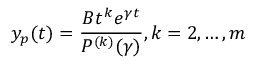
y _ { p } ( t ) = { \frac { B t ^ { k } e ^ { \gamma t } } { P ^ { ( k ) } ( \gamma ) } } , k = 2 , \ldots , m